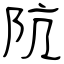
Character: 阬